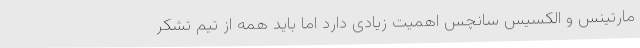
مارتینس و الکسیس سانچس اهمیت زیادی دارد اما باید همه از تیم تشکر